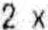
2 X